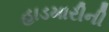
હાડમારીની